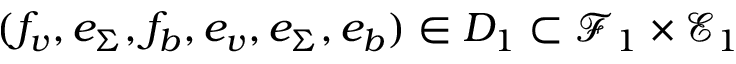
( f _ { v } , e _ { \Sigma } , f _ { b } , e _ { v } , e _ { \Sigma } , e _ { b } ) \in D _ { 1 } \subset \mathcal { F } _ { 1 } \times \mathcal { E } _ { 1 }